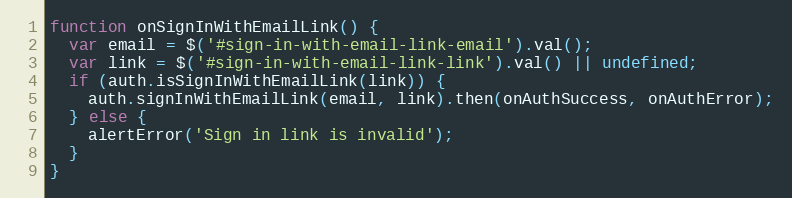
Language: JavaScript
function onSignInWithEmailLink() {
  var email = $('#sign-in-with-email-link-email').val();
  var link = $('#sign-in-with-email-link-link').val() || undefined;
  if (auth.isSignInWithEmailLink(link)) {
    auth.signInWithEmailLink(email, link).then(onAuthSuccess, onAuthError);
  } else {
    alertError('Sign in link is invalid');
  }
}